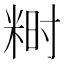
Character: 𬖞